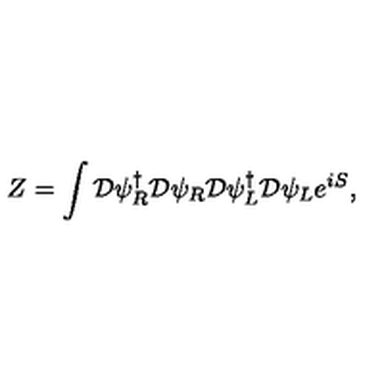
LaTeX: Z = \int { \cal D } \psi _ { R } ^ { \dagger } { \cal D } \psi _ { R } { \cal D } \psi _ { L } ^ { \dagger } { \cal D } \psi _ { L } e ^ { i S } ,